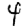
Digit: 4